Vaccination United Provinces of Agra and Oudh 1923-1928 - 1923-1928
Year: 1923
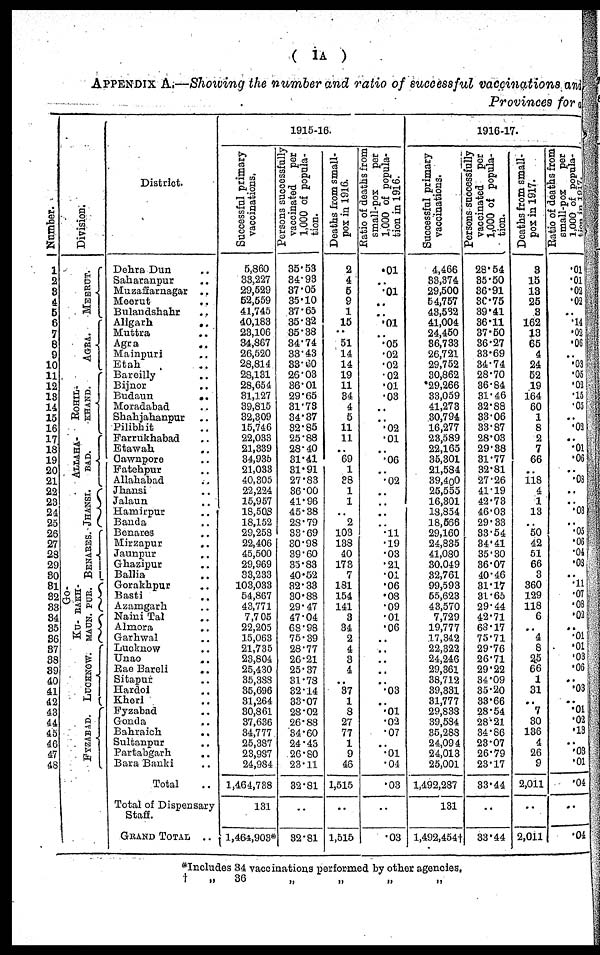
(
1A
)
APPENDIX A.—Showing the number and ratio of successful vaccinations and
Provinces for a
Number.
1
2
3
4
5
6
7
8
9
10
11
12
13
14
15
16
17
18
19
20
21
22
23
24
25
26
27
28
29
30
31
32
33
34
35
36
37
38
39
40
41
42
43
44
45
46
47
48
Division.
MEERUT.
AGRA.
ROHIL-
KHAND.
ALLAHA-
---.
JHANSI.
BENARES.
GO-
RAKH-
PUR.
KU-
MAUN.
LUCKNOW.
FYZABAD.
District.
Dehra Dun ..
Saharanpur ..
Muzaffarnagar
..
Meerut
..
Bulandshahr ..
Aligarh
..
Muttra ..
Agra ..
Mainpuri ..
Etah ..
Bareilly ..
Bijnor ..
Budaun
..
Moradabad ..
Shahjahanpur ..
Pilibhit ..
Farrukhabad ..
Etawah
..
Cawnpore ..
Fatehpur ..
Allahabad ..
Jhansi ..
Jalaun ..
Hamirpur ..
Banda ..
Benares ..
Mirzapur ..
Jaunpur ..
Ghazipur ..
Ballia ..
Gorakhpur ..
Basti ..
Azamgarh ..
Naini Tal ..
Almora ..
Garhwal ..
Lucknow ..
Unao ..
Rae Bareli ..
Sitapur ..
Hardoi ..
Kheri ..
Fyzabad ..
Gonda ..
Bahraich
..
Sultanpur ..
Partabgarh
..
Bara Banki ..
Total ..
Total of Dispensary
Staff.
GRAND TOTAL ..
1915-16.
Successful primary
vaccinations.
5,860
33,227
29,529
52,559
41,745
40,183
23,106
34,867
26,520
28,814
28,131
28,654
31,127
39,815
32,309
15,746
22,033
21,339
34,935
21,033
40,805
22,224
15,957
18,508
18,152
29,258
22,406
45,500
29,969
33,233
103,033
54,867
43,771
7,705
22,205
15,063
21,735
23,804
25,430
35,388
35,696
31,264
30,861
37,636
34,777
25,387
23,987
24,984
1,464,738
131
1,464,903*
P
ersons successfully
vaccinated
per
1,000 of popula-
tion.
35.53
34.93
37.05
35.10
37.65
35.32
35.38
34.74
33.43
33.60
26.03
36.01
29.65
31.73
34.37
32.85
25.88
28.40
31.41
31.91
27.83
36.00
41.96
45.38
28.79
33.69
30.98
39.60
35.83
40.52
32.33
30.88
29.47
47.04
68.98
75.39
28.77
26.21
25.37
31.78
32.14
33.07
28.02
26.88
34.60
24.43
26.80
23.11
32.81
..
32.81
Deaths from small-
pox in 1916.
2
4
5
9
1
15
.. 51
14
14
19
11
34
4
5
11
11
.. 69
1
38
1
1
..
2
103
138
40
178
7
181
154
141
3
34
2
4
3
4
..
37
1
8
27
77
1
9
46
1,515
..
1,515
Ratio of deaths from
small-pox
per
1,000 of popula-
tion in 1916.
.01
..
.01
..
..
.01
.. .05
.02
.02
.02
.01
.03
..
..
.02
.01
..
.06
.. .02
..
..
..
..
.11
.19
.03
.21
.01
.06
.08
.09
.01
.06
..
..
..
..
..
.03
..
.01
.02
.07
..
.01
.04
.03
..
.03
1916-17.
Successful primary
vaccinations.
4,466
33,374
29,500
54,757
43,582
41,004
24,450
36,733
26,721
29,752
30,862
29,266
33,059
41,273
30,794
16,277
23,589
22,165
35,301
21,584
39,400
25,555
16,301
18,854
18,566
29,160
24,835
41,080
30,049
32,761
99,593
55,623
43,570
7,729
19,777
17,342
22,322
24,246
29,361
38,712
39,331
31,777
29,838
39,584
35,288
24,094
24,013
25,001
1,492,287
131
1,492,454†
Persons successfully
vaccinated
per
1,000 of popula-
tion.
28.54
35.50
36.91
30.75
39.41
36.11
37.50
36.27
33.69
34.74
28.70
36.84
31.46
32.88
33.06
33.87
28.03
29.38
31.77
32.81
27.26
41.19
42.73
46.03
29.33
33.54
34.41
35.30
36.07
40.46
31.17
31.65
29.44
42.71
68.17
75.71
29.76
26.71
29.22
34.09
35.20
33.66
28.54
28.21
34.86
23.07
26.79
23.17
33.44
..
33.44
Deaths from small-
pox in 1917.
3
15
13
25
3
162
13
65
4
24
52
19
164
60
1
8
2
7
66
..
118
4
1
13
.. 50
42
51
66
3
360
129
118
6
.. 4
8
25
66
1
31
.. 7
30
136
4
26
9
2,011
..
2,011
Ratio of deaths from
small-pox
per
1,000 of popula-
tion in
1917.
.01
.01
.02
.02
..
.14
.02
.06
.. .03
.05
.02
.15
.05
..
.02
.. .01
.06
.. .08
..
..
.03
.. .05
.06
.04
.03
..
.11
.07
.08
.02
.. .01
.01
.03
.06
..
.03
.. .01
.02
.13
..
.03
.01
.04
..
.04
*Includes 34 vaccinations performed by other agencies.
†
„
36
„
„
„
„